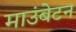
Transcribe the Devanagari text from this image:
माउंबेटन